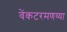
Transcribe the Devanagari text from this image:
वेंकटरमणय्या